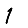
Digit: 1